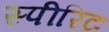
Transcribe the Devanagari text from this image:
स्पीरिटः